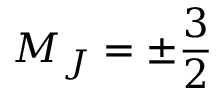
M _ { J } = \pm \frac { 3 } { 2 }